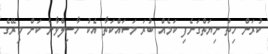
ކުރަން ހިތު ނިޔަތްގަނެފި ކަމެއް ބުރަ މަސައްކަތާ އެކު ހާސިލްވާނެ ކަން މިރޭގެ